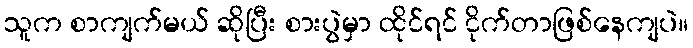
သူက စာကျက်မယ် ဆိုပြီး စားပွဲမှာ ထိုင်ရင် ငိုက်တာဖြစ်နေကျပဲ။